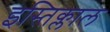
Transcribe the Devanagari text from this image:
इस्तिक्लाल